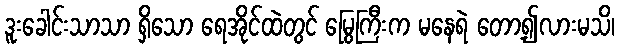
ဒူးခေါင်းသာသာ ရှိသော ရေအိုင်ထဲတွင် မြွေကြီးက မနေရဲ တော့၍လားမသိ၊